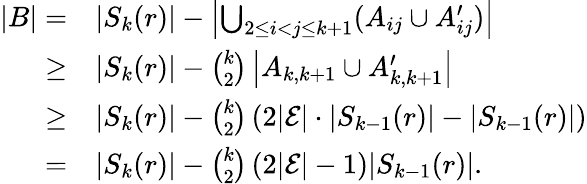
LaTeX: \begin{array}{rl}{|B|=}&{|S_{k}(r)|-\left|\bigcup_{2\leq i<j\leq k+1}(A_{ij}\cup A_{ij}^{\prime})\right|}\\ {\geq}&{|S_{k}(r)|-{\binom{k}{2}}\left|A_{k,k+1}\cup A_{k,k+1}^{\prime}\right|}\\ {\geq}&{|S_{k}(r)|-{\binom{k}{2}}\left(2|\mathcal{E}|\cdot|S_{k-1}(r)|-|S_{k-1}(r)|\right)}\\ {=}&{|S_{k}(r)|-{\binom{k}{2}}\left(2|\mathcal{E}|-1\right)|S_{k-1}(r)|.}\end{array}